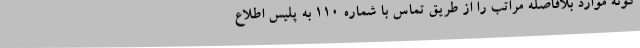
گونه موارد بلافاصله مراتب را از طریق تماس با شماره 110 به پلیس اطلاع